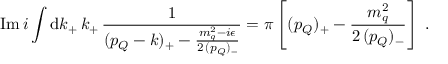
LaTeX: \mathrm { I m } \, i \int \mathrm { d } k _ { + } \, k _ { + } \, \frac { 1 } { ( p _ { Q } - k ) _ { + } - \frac { m _ { q } ^ { 2 } - i \epsilon } { 2 \, ( p _ { Q } ) _ { - } } } = \pi \left[ ( p _ { Q } ) _ { + } - \frac { m _ { q } ^ { 2 } } { 2 \, ( p _ { Q } ) _ { - } } \right] \; .